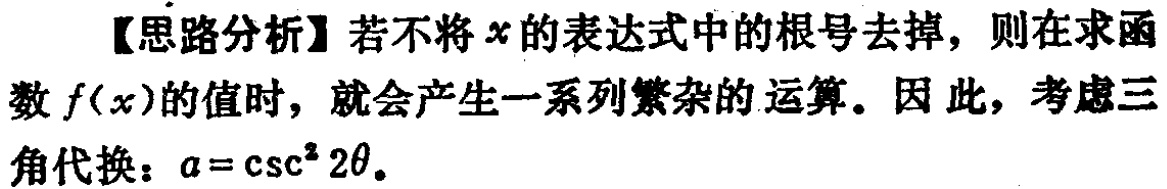
【思路分析】若不将\(x\)的表达式中的根号去掉，则在求函数\(f(x)\)的值时，就会产生一系列繁杂的运算。因此，考虑三角代换：\(a = \csc^{2}2\theta\)。